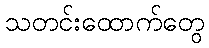
သတင်းထောက်တွေ